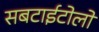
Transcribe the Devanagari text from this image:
सबटाईटोलों